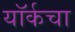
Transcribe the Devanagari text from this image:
यॉर्कचा